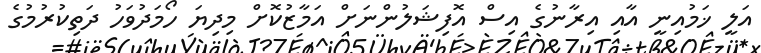
އަލީ ޚަމުއިނީ އާއި އިރާނުގެ އިސް އޮފިޝަލުންނަށް އަމާޒުކޮށް މިދިޔަ ހޯމަދުވަހު ދަތިކުރުމުގެ